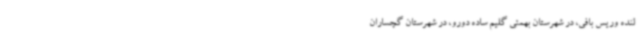
لنده وریس بافی، در شهرستان بهمئی گلیم ساده دورو، در شهرستان گچساران